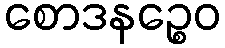
စောဒနဉ္စေဝ